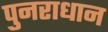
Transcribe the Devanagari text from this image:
पुनराधान